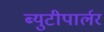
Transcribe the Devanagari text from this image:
ब्युटीपार्लर